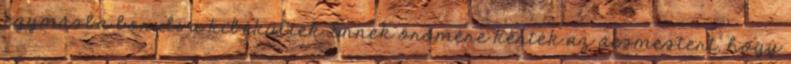
egymásba borulva kibékültek. Ennek örömére kérték az ácsmestert, hogy